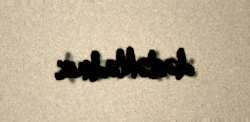
dəstəklədiniz.